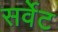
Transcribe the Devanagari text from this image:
सर्वेट